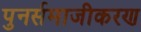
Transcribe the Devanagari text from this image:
पुनर्समाजीकरण